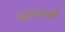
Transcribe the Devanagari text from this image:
अंडधानों